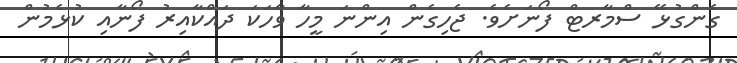
ގެންގުޅޭ ސްމާރޓް ފޯނަށެވެ. ޖެހިގެން އިންނަ މީހާ ވާހަކަ ދައްކާއިރު ފޯނާއި ކުޅެމުން